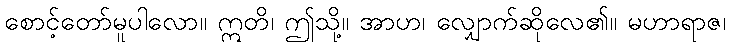
စောင့်တော်မူပါလော။ ဣတိ၊ ဤသို့။ အာဟ၊ လျှောက်ဆိုလေ၏။ မဟာရာဇ၊